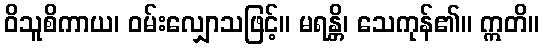
ဝိသူစိကာယ၊ ဝမ်းလျှောသဖြင့်။ မရန္တိ၊ သေကုန်၏။ ဣတိ။